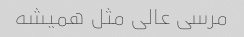
مرسی عالی مثل همیشه